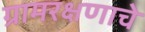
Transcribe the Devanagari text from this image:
ग्रामरक्षणाचे